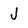
Character: J